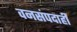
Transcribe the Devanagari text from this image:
वनसंपदाही